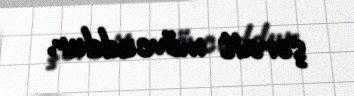
şərait mövcuddur.